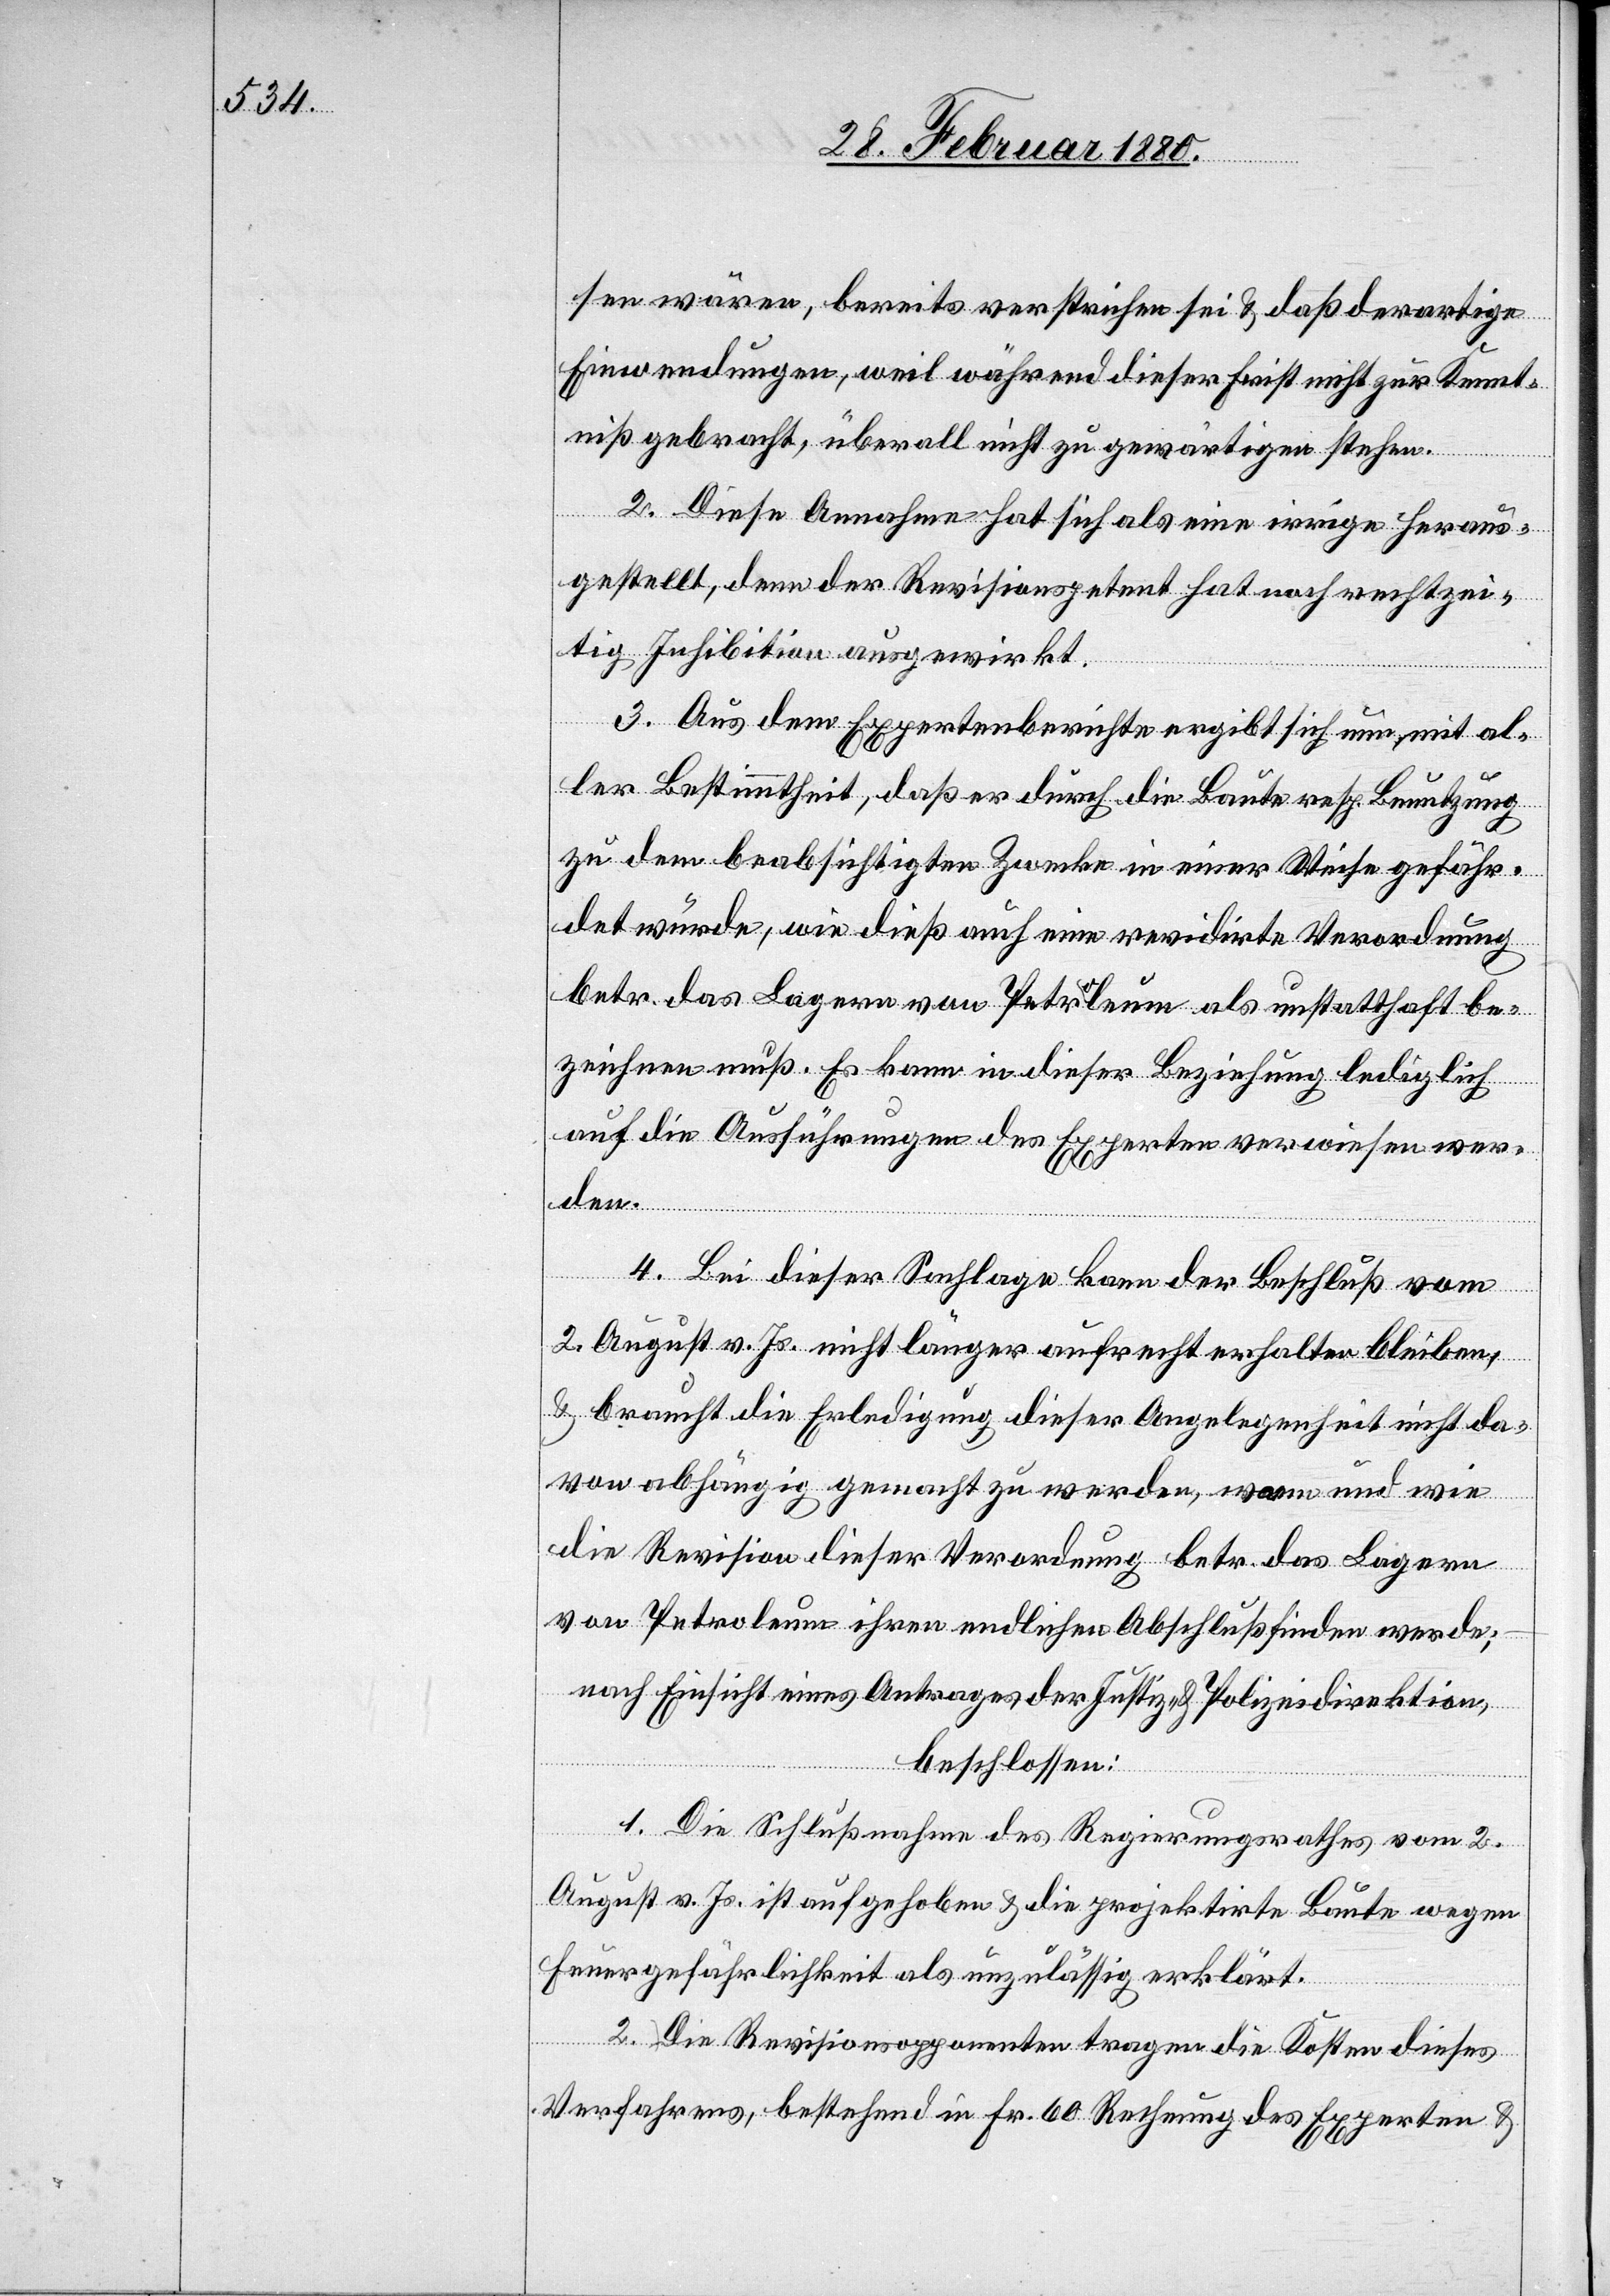
sen wären, bereits verstrichen sei & daß derartige
Einwendungen, weil während dieser Frist nicht zur Kennt¬
niß gebracht, überall nicht zu gewärtigen stehen.
2. Diese Annahme hat sich als eine irrige heraus¬
gestellt, denn der Revisionspetent hat noch rechtzei¬
tig Inhibition ausgewirkt.
3. Aus dem Expertenberichte ergibt sich nun, mit al¬
ler Bestimmtheit, daß er durch die Baute resp. Benutzung
zu dem beabsichtigten Zwecke in einer Weise gefähr¬
det würde, wie dieß auch eine revidirte Verordnung
betr. das Lagern von Petroleum als unstatthaft be¬
zeichnen muß. Es kann in dieser Beziehung lediglich
auf die Ausführungen des Experten verwiesen wer¬
finden
4. Bei dieser Sachlage kann der Beschluß vom
2. August v. Js. nicht länger aufrecht erhalten bleiben,
& braucht die Erledigung dieser Angelegenheit nicht da¬
von abhängig gemacht zu werden, wann und wie
nach Einsicht eines Antrages der Justiz- & Polizeidirektion,
beschlossen:
1. Die Schlußnahme des Regierungsrathes vom 2.
August v. Js. ist aufgehoben & die projektirte Baute wegen
Feuergefährlichkeit als unzulässig erklärt.
2. Die Revisionsopponenten tragen die Kosten dieses
Verfahrens, bestehend in Fr. 60 Rechnung des Experten &